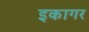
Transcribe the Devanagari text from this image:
इकागर